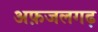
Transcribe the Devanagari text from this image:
अफ़जलगढ़